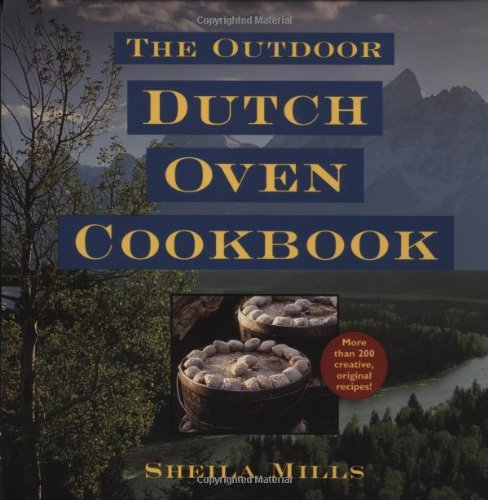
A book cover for The Outdoor Dutch Oven Cookbook; Sheila Mills; Cookbooks, Food & Wine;